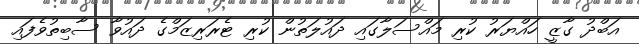
އަބްދު ގާޒީ ހައްޔަރު ކުރި މައްސަލާގައި ދައުލަތުން ކުރި ޓެރަރިޒަމްގެ ދައުވާ ސާބިތުވެފައި